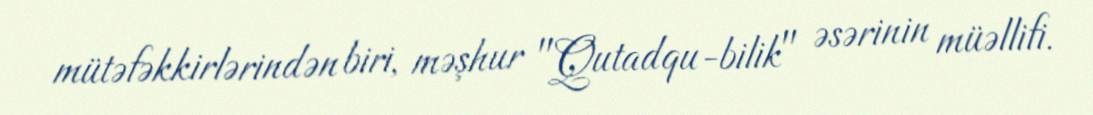
mütəfəkkirlərindən biri, məşhur "Qutadqu-bilik" əsərinin müəllifi.